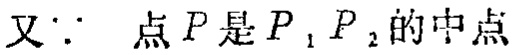
又\(\because\) 点\(P\)是\(P_1,P_2\)的中点